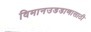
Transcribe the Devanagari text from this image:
विमानउडडाणासाठी